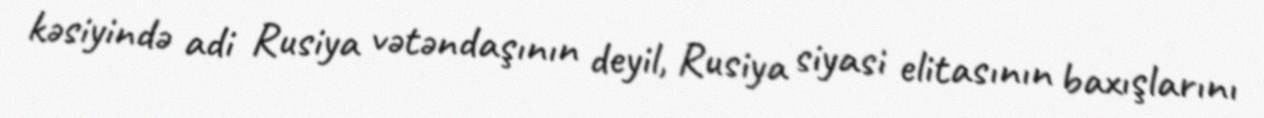
kəsiyində adi Rusiya vətəndaşının deyil, Rusiya siyasi elitasının baxışlarını